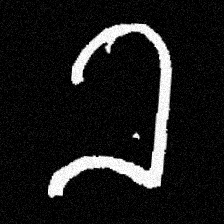
Pyu character \u2014 Myanmar letter: ခ (romanized: kha)